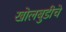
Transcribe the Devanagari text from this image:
खोलबुडीचे